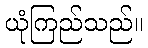
ယုံကြည်သည်။